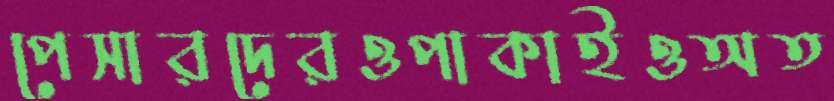
পেসারদেরওপাকাইওঅত